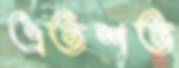
এতশত